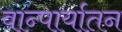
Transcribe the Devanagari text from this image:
वान्पार्यातन